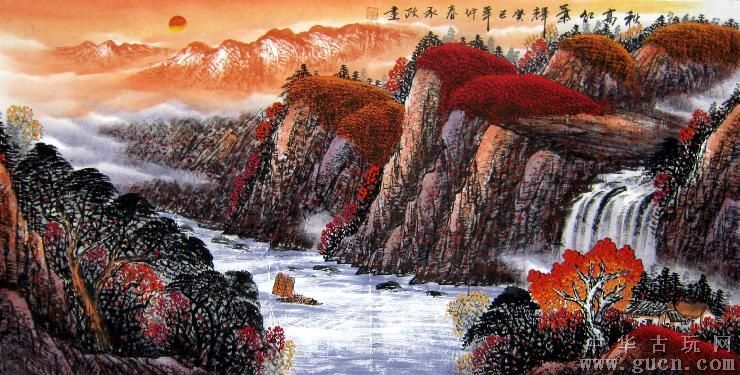
湘西一杯酒，渺渺红叶换。